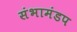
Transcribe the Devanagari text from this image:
संभामंडप